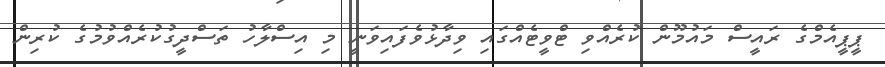
ޕީޕީއެމްގެ ރައީސް މައުމޫން ކުރެއްވި ޓްވީޓެއްގައި ވިދާޅުވެފައިވަނީ މި އިސްލާހު ތަސްދީގުކުރެއްވުމުގެ ކުރިން